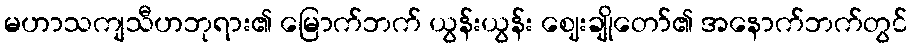
မဟာသကျသီဟဘုရား၏ မြောက်ဘက် ယွန်းယွန်း ဈေးချိုတော်၏ အနောက်ဘက်တွင်